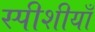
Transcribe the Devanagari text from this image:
स्पीशीयाँ